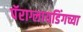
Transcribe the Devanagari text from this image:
पॅराग्लायडिंगच्या